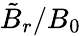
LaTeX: \tilde{B}_{r}/B_{0}